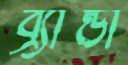
ব্র্যান্ডী